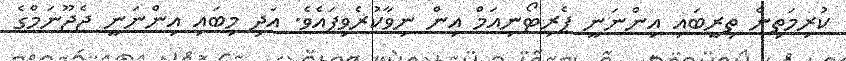
ކުރިމަތިން ތިރީބައި އިންނަނީ ޕެރިޓޯނިއަމް އިން ނިވާކުރެވިފައެވެ. އަދި މިބައި އިންނަނީ ޖެޖޫނަމްގެ